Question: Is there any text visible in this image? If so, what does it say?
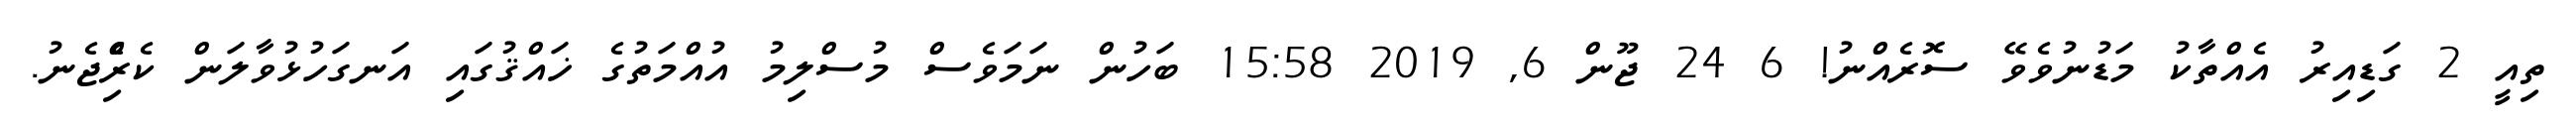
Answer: ތިއީ 2 ގަޑިއިރު އެއްތާކު މަޑުނުވެވޭ ސޮރެއްނު! 6 24 ޖޫން 6, 2019 15:58 ބަހުން ނަމަވެސް މުސްލިމު އުއްމަތުގެ ޚައްޤުގައި އަނގަހުޅުވާލަން ކެރިެްޖެނު.